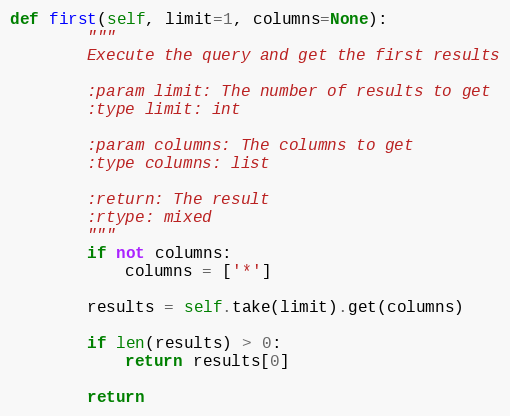
Language: Python
def first(self, limit=1, columns=None):
        """
        Execute the query and get the first results

        :param limit: The number of results to get
        :type limit: int

        :param columns: The columns to get
        :type columns: list

        :return: The result
        :rtype: mixed
        """
        if not columns:
            columns = ['*']

        results = self.take(limit).get(columns)

        if len(results) > 0:
            return results[0]

        return